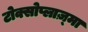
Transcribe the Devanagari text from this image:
टोक्सोप्लाज़्मा